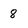
Character: 8